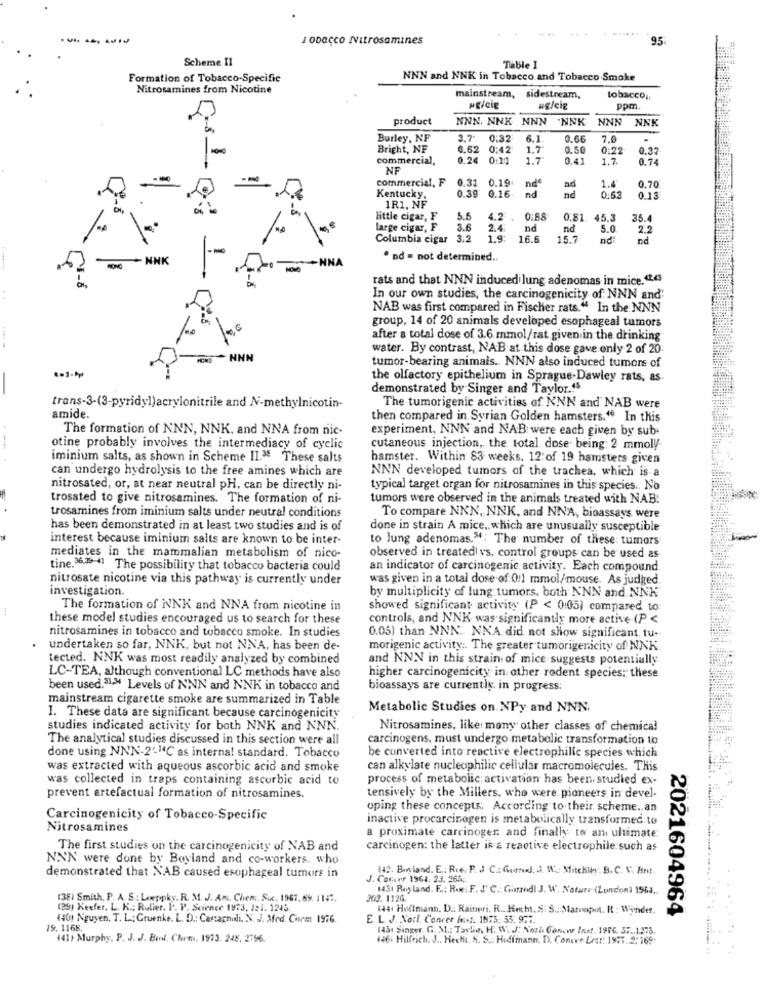
IoDaco Nitrosmines
95
Scheme II
Table I
Formation of Tobacco-Specific
NNN and NNK in Tobacco and Tobacco Smoke
Nitrosamines from Nicotine
mainstream, sidestream,
tobacco ,,
HE/cie
ppm.
product
NNN. NNK
NNN. NNK NNN 'NNK
NNN
NNN
NNK
Burley, NF
3.7.
0:32
6.1
0.66
7.0
.
Bright, NF
0.62
0:42
1.7
0.50
0:22
0.37
commercial,
0.24
0.11
1.7
0.41
1.7.
0.74
NF
commercial, F
0.19
0.39
.31
nd
ad
1.4
0.70
Kentucky,
0.16
nd
0:53
0.13
1R1. NF
little cigar, F
4.2
0:88
0.81. 45.3
35.4
large cigar, F
3.6
2.4
nd
nd
5.0
22
Columbia cigar
3.5
1.9:
16.5
15.7
nd
nd
INK
· nd = not determined ..
NNA
rats and that NNN inducedilung adenomas in mice. 42.43
In our own studies, the carcinogenicity of NNN and'
NAB was first compared in Fischer rats." In the NNN
group, 14 of 20 animals developed esophageal tumors
after a total dose of 3.6 mmol/rat given in the drinking
water. By contrast, NAB at this dose gave only 2 of 20
HNN
tumor-bearing animals .. NNN also induced tumors of
the olfactory epithelium in Sprague-Dawley rats, as
demonstrated by Singer and Taylor.15.
trans-3-(3-pyridyl)acrylonitrile and N-methylnicotin-
The tumorigenic activities of NNN and NAB were
amide.
then compared in Syrian Golden hamsters." In this
The formation of NNN, NNK, and NNA from nic-
experiment, NNN and NAB were each given by sub-
otine probably involves the intermediacy of cyclic
cutaneous injection, the total dose being: 2 mmoly.
iminium salts, as shown in Scheme 11.38 These salts
hamster. Within 83 weeks, 12:of 19 hamsters given
can undergo hydrolysis to the free amines which are
NNN developed tumors of the trachea, which is a
nitrossted, or, at near neutral pH, can be directly ni-
typical target organ for nitrosamines in this species .. No
trosated to give nitrosamines. The formation of ni-
tumors were observed in the animals treated with NAB!
trosamines from iminium salts under neutral conditions
To compare NNN, NNK, and NNA, bioassays were
has been demonstrated in at least two studies and is of
done in strain A mice, which are unusually susceptible
interest because iminium salts are known to be inter-
to lung adenomas."; The number of these: tumors
mediates in the mammalian metabolism of nico-
observed in treatedl vs. control groups can be used as
tine.36.35-41 The possibility that tobacco bacteria could
an indicator of carcinogenic activity. Each compound.
nitrosate nicotine via this pathway is currently under
was given in a total dose of 0:1 mmol/mouse. As judged.
investigation.
by multiplicity of lung tumors. both NNN and NNK
The formation of NNK and NNA from nicotine in
showed significant activity (P < 0:05) compared to
these model studies encouraged us to search for these
controls, and NNK was significantly more active (P <
nitrosamines in tobacco and tobacco smoke. In studies
0.05) than NNN .. NNA did not show significant, tu-
undertaken so far, NNK, but not NNA, has been de-
morigenic activity :. The greater tumorigenicity of NNK
tected. NNK was most readily analyzed by combined
and NNN in this strain of mice suggests potentially
LC-TEA, although conventional LC methods have also
higher carcinogenicity in other rodent species; these
been used.31-M Levels of NNN and NNK in tobacco and
bioassays are currently. in progress:
mainstream cigarette smoke are summarized in Table
Metabolic Studies on NPy and NNN
1. These data are significant because carcinogenicity
studies indicated activity for both NNK and NNN.
Nitrosamines, like: many other classes of chemical
The analytical studies discussed in this section were all
carcinogens, must undergo metabolic transformation to
be converted into reactive electrophilic species which
done using NNN-2""C as internal standard. Tobacco
was extracted with aqueous ascorbic acid and smoke
can alkylate nucleophilic cellular macromolecules. This
was collected in traps containing ascorbic acid to
process of metabolic: activation has been studied ex-
prevent artefactual formation of nitrosamines.
tensively by the Millers, who were. pioneers in devel-
oping these concepts: According to their. scheme .. an
Carcinogenicity of Tobacco-Specific
inactive procarcinogen is metabolically transformed. to
Nitrosamines
a proximate carcinoger and finally to anı ultimate:
The first studies on the carcinogenicity of NAB and
carcinogen: the latter in & reactive electrophile such as
NNN were done by Boyland and co-workers. who
142. Biwiand. E .: Rie. P. J C. Gund, J. W .: Mitchiey. B. C. V. Bnt.
demonstrated that NAB caused esophageal tumors in
J. Conver 1964. 23. 265c.
1431 Buyland, F .: Re: F. J' C .: Gimandl J. W. Nature (London) 1963 ..
(38) Smith. P. A. S .: Laeppky. R. M. J. Am. Chemc. Six. 1961.69. 1147.
202.1126.
(as) Keefer. L. K .: Rulier. P. P. Science 1973, 12 1. 1245.
(441 Hollmann. D .: Raineri. R ., Hecht. S. S .: Maronpm. R : Winder.
(40) Nguyen, T. L .; Gruenke. L. D .: Castagnidi. N. J. Med. Com 1976.
E. L. J. Nort. Conver Most. 1873: 55. 977.
2021604964
19. 1168.
1431 Siaper. G. M .: Tarlia, H. W. J Noth Gonow Inst. 1976 37 1218.
(41) Murphy, P. J. J. Bud. Chem. 1973. 248, 2756.
(46) Hilfeich. J .. Hechi. S. S .: Hidimann. IX. Conews Lett: 1977.2:169.
.........